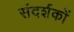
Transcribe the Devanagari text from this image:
संदर्शकों